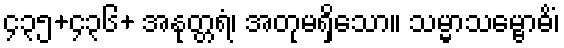
၄၃၅+၄၃၆+ အနုတ္တရံ၊ အတုမရှိသော။ သမ္မာသမ္ဗောဓိံ၊